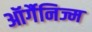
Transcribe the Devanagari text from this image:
ऑर्गैनिज्म